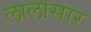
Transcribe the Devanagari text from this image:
लालासार